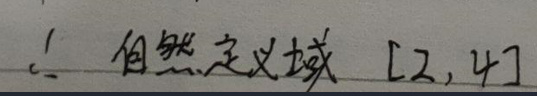
$\therefore $自然定义域 [2,4]